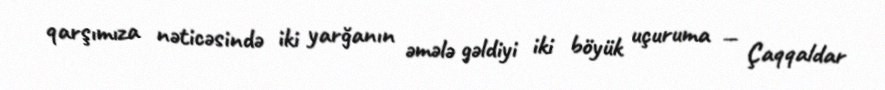
qarşımıza nəticəsində iki yarğanın əmələ gəldiyi iki böyük uçuruma — Çaqqaldar